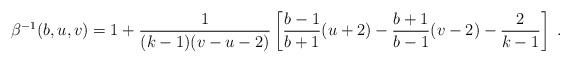
LaTeX: \begin{align*}\beta^{-1}(b,u,v)=1+\frac{1}{(k-1)(v-u-2)}\left[\frac{b-1}{b+1}(u+2)-\frac{b+1}{b-1}(v-2)-\frac{2}{k-1}\right] \; .\end{align*}